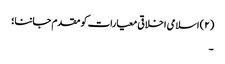
(۲) اسلامی اخلاقی معیارات کو مقدم جاننا؛
۔